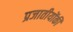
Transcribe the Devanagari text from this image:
प्रजातीयोंकी